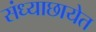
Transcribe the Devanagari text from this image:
संध्याछायेत